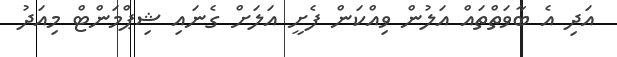
އަދި އެ ބާވަތްތައް އަލުން ވިއްކަން ފެށީ އަލަށް ގެނައި ޝިޕްމަންޓް މިއަދު